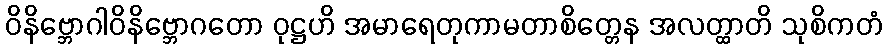
ဝိနိဗ္ဘောဂါဝိနိဗ္ဘောဂတော ဝုဋ္ဌဟိ အမာရေတုကာမတာစိတ္တေန အလတ္ထာတိ သုစိကတံ